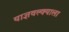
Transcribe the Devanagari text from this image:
याज्ञवल्क्याला